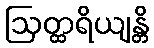
ဩတ္ထရိယျန္တိ